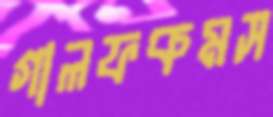
গালফকমস